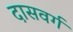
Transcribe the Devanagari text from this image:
दासवर्ग